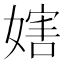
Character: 𡟲